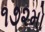
૧૭૨મો